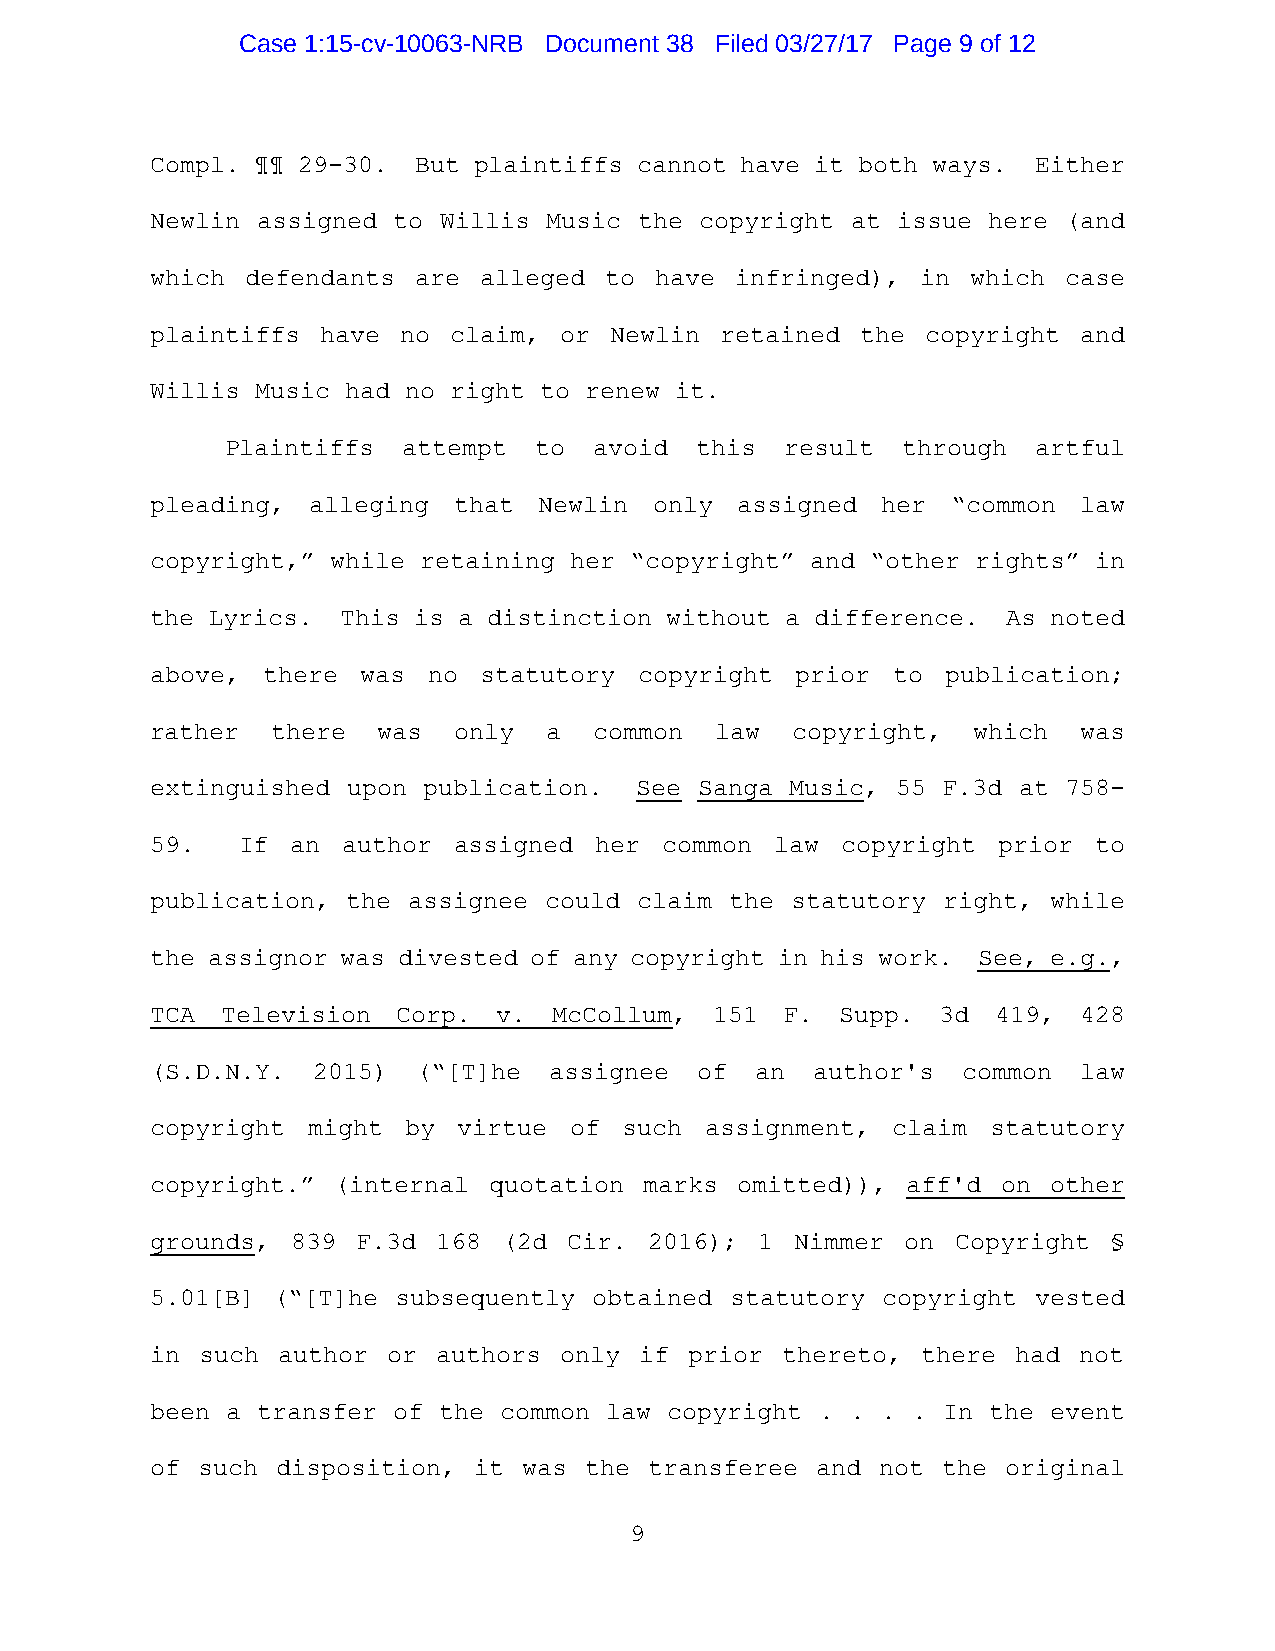
Case 1:15-cv-10063-NRB Document 38 Filed 03/27/17 Page 9 of 12
 Compl. ¶¶ 29-30. But plaintiffs cannot have it both ways.  Either
 Newlin assigned to Willis Music the copyright at issue here  (and
 which defendants are  alleged to have  infringed), in which  case
 plaintiffs have no  claim, or Newlin  retained the copyright  and
 Willis Music had no right to renew it.
 Plaintiffs  attempt to  avoid  this  result  through  artful
 pleading, alleging  that  Newlin only  assigned her  “common law
 copyright,” while retaining her “copyright” and “other rights” in
 the Lyrics.  This is a distinction without a difference. As noted
 above, there  was no  statutory copyright  prior to  publication;
 rather  there  was  only  a  common  law  copyright,  which   was
 extinguished upon publication.  See Sanga Music, 55 F.3d at  758-
 59.   If an  author assigned her  common law  copyright prior  to
 publication, the assignee could claim the statutory right,  while
 the assignor was divested of any copyright in his work. See, e.g.,
 TCA  Television Corp.  v.  McCollum, 151  F.  Supp. 3d  419,  428
 (S.D.N.Y.  2015)  (“[T]he assignee  of  an  author's  common law
 copyright might  by virtue  of such  assignment, claim  statutory
 copyright.” (internal quotation  marks omitted)), aff'd on  other
 grounds, 839  F.3d 168 (2d  Cir. 2016); 1  Nimmer on Copyright  §
 5.01[B] (“[T]he subsequently obtained statutory copyright  vested
 in such author  or authors only if  prior thereto, there had not
 been a transfer of the common law copyright . . . . In the  event
 of such disposition, it  was the transferee and not the  original
 9